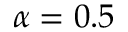
\alpha = 0 . 5